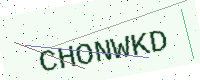
Text: CHONWKD